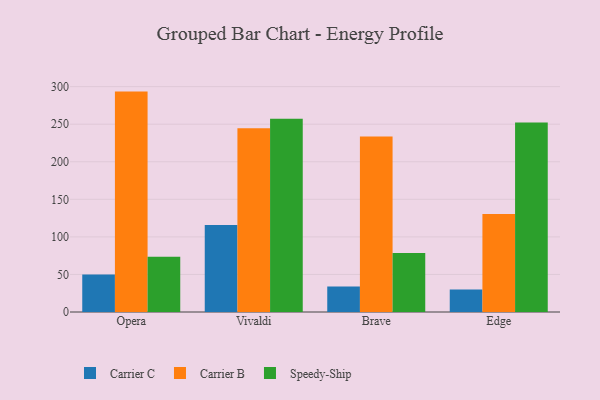
{"axis": {"x": "Browser", "y": "Production Output"}, "legend": ["Carrier B", "Carrier C", "Speedy-Ship"], "data": [{"x": "Opera", "y": 49.8, "type": "Carrier C"}, {"x": "Opera", "y": 293.4, "type": "Carrier B"}, {"x": "Opera", "y": 73.4, "type": "Speedy-Ship"}, {"x": "Vivaldi", "y": 115.9, "type": "Carrier C"}, {"x": "Vivaldi", "y": 244.6, "type": "Carrier B"}, {"x": "Vivaldi", "y": 257.4, "type": "Speedy-Ship"}, {"x": "Brave", "y": 34.1, "type": "Carrier C"}, {"x": "Brave", "y": 233.7, "type": "Carrier B"}, {"x": "Brave", "y": 78.7, "type": "Speedy-Ship"}, {"x": "Edge", "y": 29.9, "type": "Carrier C"}, {"x": "Edge", "y": 130.4, "type": "Carrier B"}, {"x": "Edge", "y": 252.2, "type": "Speedy-Ship"}]}